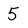
Character: 5